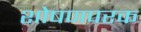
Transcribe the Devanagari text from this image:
शोषणपरक